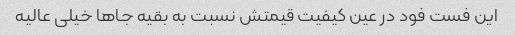
این فست فود در عین کیفیت قیمتش نسبت به بقیه جاها خیلی عالیه